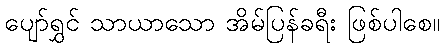
ပျော်ရွှင် သာယာသော အိမ်ပြန်ခရီး ဖြစ်ပါစေ။